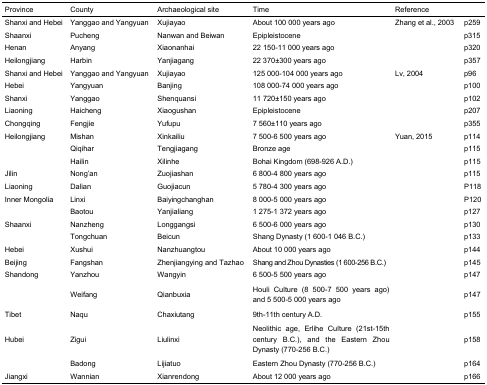
<table><thead><tr><td><b>Province</b></td><td><b>County</b></td><td><b>Archaeological site</b></td><td><b>Time</b></td><td colspan="2"><b>Reference</b></td></tr></thead><tbody><tr><td>Shanxi and Hebei</td><td>Yanggao and Yangyuan</td><td>Xujiayao</td><td>About 100 000 years ago</td><td>Zhang et al., 2003</td><td>p259</td></tr><tr><td>Shaanxi</td><td>Pucheng</td><td>Nanwan and Beiwan</td><td>Epipleistocene</td><td>[EMPTY_CELL]</td><td>p315</td></tr><tr><td>Henan</td><td>Anyang</td><td>Xiaonanhai</td><td>22 150-11 000 years ago</td><td>[EMPTY_CELL]</td><td>p320</td></tr><tr><td>Heilongjiang</td><td>Harbin</td><td>Yanjiagang</td><td>22 370±300 years ago</td><td>[EMPTY_CELL]</td><td>p357</td></tr><tr><td>Shanxi and Hebei</td><td>Yanggao and Yangyuan</td><td>Xujiayao</td><td>125 000-104 000 years ago</td><td>Lv, 2004</td><td>p96</td></tr><tr><td>Hebei</td><td>Yangyuan</td><td>Banjing</td><td>108 000-74 000 years ago</td><td>[EMPTY_CELL]</td><td>p100</td></tr><tr><td>Shanxi</td><td>Yanggao</td><td>Shenquansi</td><td>11 720±150 years ago</td><td>[EMPTY_CELL]</td><td>p102</td></tr><tr><td>Liaoning</td><td>Haicheng</td><td>Xiaogushan</td><td>Epipleistocene</td><td>[EMPTY_CELL]</td><td>p207</td></tr><tr><td>Chongqing</td><td>Fengjie</td><td>Yufupu</td><td>7 560±110 years ago</td><td>[EMPTY_CELL]</td><td>p355</td></tr><tr><td>Heilongjiang</td><td>Mishan</td><td>Xinkailiu</td><td>7 500-6 500 years ago</td><td>Yuan, 2015</td><td>p114</td></tr><tr><td>[EMPTY_CELL]</td><td>Qiqihar</td><td>Tengjiagang</td><td>Bronze age</td><td>[EMPTY_CELL]</td><td>p115</td></tr><tr><td>[EMPTY_CELL]</td><td>Hailin</td><td>Xilinhe</td><td>Bohai Kingdom (698-926 A.D.)</td><td>[EMPTY_CELL]</td><td>p115</td></tr><tr><td>Jilin</td><td>Nong'an</td><td>Zuojiashan</td><td>6 800-4 800 years ago</td><td>[EMPTY_CELL]</td><td>p115</td></tr><tr><td>Liaoning</td><td>Dalian</td><td>Guojiacun</td><td>5 780-4 300 years ago</td><td>[EMPTY_CELL]</td><td>P118</td></tr><tr><td>Inner Mongolia</td><td>Linxi</td><td>Baiyingchanghan</td><td>8 000-5 000 years ago</td><td>[EMPTY_CELL]</td><td>P120</td></tr><tr><td>[EMPTY_CELL]</td><td>Baotou</td><td>Yanjialiang</td><td>1 275-1 372 years ago</td><td>[EMPTY_CELL]</td><td>p127</td></tr><tr><td>Shaanxi</td><td>Nanzheng</td><td>Longgangsi</td><td>6 500-6 000 years ago</td><td>[EMPTY_CELL]</td><td>p130</td></tr><tr><td>[EMPTY_CELL]</td><td>Tongchuan</td><td>Beicun</td><td>Shang Dynasty (1 600-1 046 B.C.)</td><td>[EMPTY_CELL]</td><td>p133</td></tr><tr><td>Hebei</td><td>Xushui</td><td>Nanzhuangtou</td><td>About 10 000 years ago</td><td>[EMPTY_CELL]</td><td>p144</td></tr><tr><td>Beijing</td><td>Fangshan</td><td>Zhenjiangying and Tazhao</td><td>Shang and Zhou Dynasties (1 600-256 B.C.)</td><td>[EMPTY_CELL]</td><td>p145</td></tr><tr><td>Shandong</td><td>Yanzhou</td><td>Wangyin</td><td>6 500-5 500 years ago</td><td>[EMPTY_CELL]</td><td>p147</td></tr><tr><td>[EMPTY_CELL]</td><td>Weifang</td><td>Qianbuxia</td><td>Houli Culture (8 500-7 500 years ago) and 5 500-5 000 years ago</td><td>[EMPTY_CELL]</td><td>p147</td></tr><tr><td>Tibet</td><td>Naqu</td><td>Chaxiutang</td><td>9th-11th century A.D.</td><td>[EMPTY_CELL]</td><td>p155</td></tr><tr><td>Hubei</td><td>Zigui</td><td>Liulinxi</td><td>Neolithic age, Erlihe Culture (21st-15th century B.C.), and the Eastern Zhou Dynasty (770-256 B.C.)</td><td>[EMPTY_CELL]</td><td>p158</td></tr><tr><td>[EMPTY_CELL]</td><td>Badong</td><td>Lijiatuo</td><td>Eastern Zhou Dynasty (770-256 B.C.)</td><td>[EMPTY_CELL]</td><td>p164</td></tr><tr><td>Jiangxi</td><td>Wannian</td><td>Xianrendong</td><td>About 12 000 years ago</td><td>[EMPTY_CELL]</td><td>p166</td></tr></tbody></table>